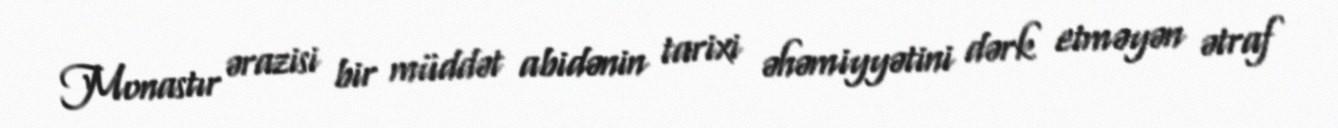
Monastır ərazisi bir müddət abidənin tarixi əhəmiyyətini dərk etməyən ətraf